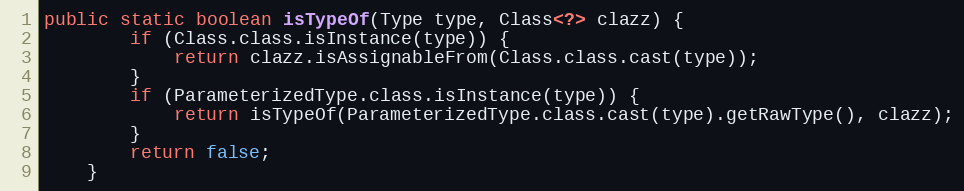
Language: Java
public static boolean isTypeOf(Type type, Class<?> clazz) {
        if (Class.class.isInstance(type)) {
            return clazz.isAssignableFrom(Class.class.cast(type));
        }
        if (ParameterizedType.class.isInstance(type)) {
            return isTypeOf(ParameterizedType.class.cast(type).getRawType(), clazz);
        }
        return false;
    }